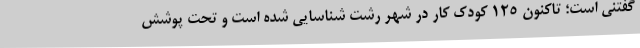
گفتنی است؛ تاکنون 125 کودک کار در شهر رشت شناسایی شده است و تحت پوشش